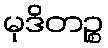
မုဒိတဉ္စ